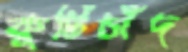
কুটিচাঁদ